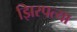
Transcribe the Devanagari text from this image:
झिरपत्या